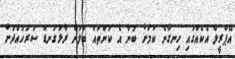
އޭޕްރީލް އެކެއްގައި ހިނގާނެ ކަމަށް ބުނާ އެ ކަންތައް ބަލަން ރާޅުގަނޑު ސަރަހައްދަށް